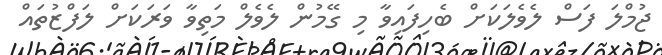
ޖުމްލަ ފަސް ލެވެލަކަށް ބެހިފައިވާ މި ގޭމުން ލެވެލް މަތިވާ ވަރަކަށް ލަފްޒުތައް